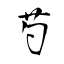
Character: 芍